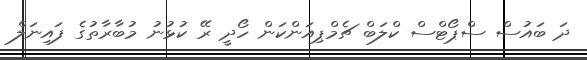
ދަ ބައުސް ސްޕޯޓްސް ކްލަބް ޗެމްޕިއަންކަން ހޯދީ ރޭ ކުޅުނު މުބާރާތުގެ ފައިނަލް